Lunatic asylums United Provinces 1909-1921 - 1909-1921
Year: 1909
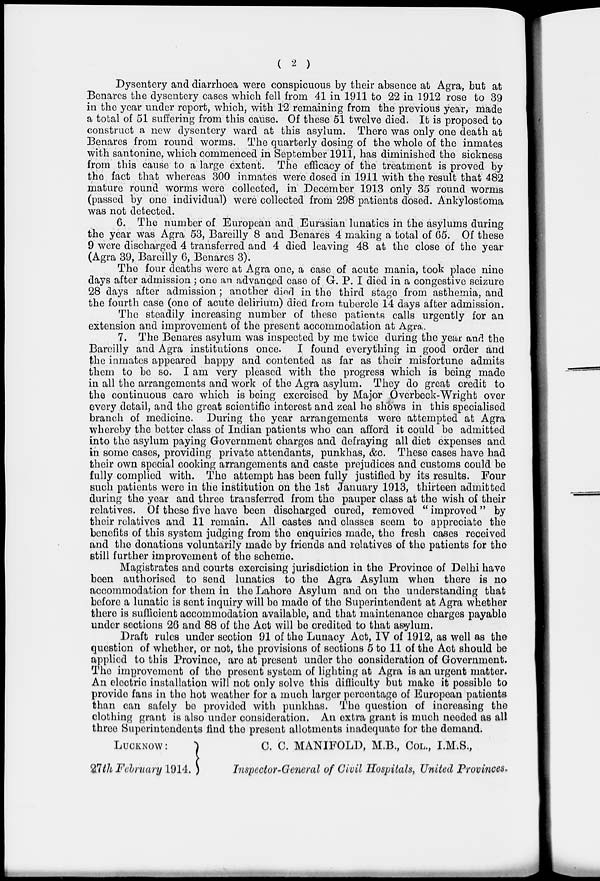
( 2 )
Dysentery and diarrhoea were conspicuous by their absence at Agra, but at
Benares the dysentery cases which fell from 41 in 1911 to 22 in 1912 rose to 39
in the year under report, which, with 12 remaining from the previous year, made
a total of 51 suffering from this cause. Of these 51 twelve died. It is proposed to
construct a new dysentery ward at this asylum. There was only one death at
Benares from round worms. The quarterly dosing of the whole of the inmates
with santonine, which commenced in September 1911, has diminished the sickness
from this cause to a large extent. The efficacy of the treatment is proved by
the fact that whereas 300 inmates were dosed in 1911 with the result that 482
mature round worms were collected, m December 1913 only 35 round worms
(passed by one individual) were collected from 298 patients dosed. Ankylostoma
was not detected.
6. The number of European and Eurasian lunatics in the asylums during
the year was Agra 53, Bareilly 8 and Benares 4 making a total of 05. Of these
9 were discharged 4 transferred and 4 died leaving 48 at the close of the year
(Agra 39, Bareilly 0, Benares 3).
The four deaths were at Agra one, a case of acute mania, took place nine
days after admission ; on© an advanced case of G. P. I died in a congestive seizure
28 days after admission ; another diorl in the third stage from asthemia, and
the fourth case (one of acute delirium) died from tubercle 14 days after admission.
The steadily increasing number of these patients calls urgently for an
extension and improvement of the present accommodation at Agra,.
7. The Benares asylum was inspected by me twice during the year and the
Barcilly and Agra institutions once. I found everything in good order and
the inmates appeared happy and contented as far as their misfortune admits
them to be so. I am very pleased with the progress which is being mado
in all the arrangements and work of the Agra asylum. They do great credit to
the continuous care which is being exorcised by Major Overbeck-Wright over
every detail, and the great scientific interest and zeal ho shows in this specialised
branch of medicine. During the year arrangements were attempted at Agra
whereby the better class of Indian pationts who can afford it could bo admitted
into the asylum paying Government charges and defraying all diet expenses and
in some cases, providing private attendants, punkhas, &c. These cases have had
their own special cooking arrangements and caste prejudices and customs could bo
fully complied with. The attempt has been fully justified by its results. Four
such patients were in the institution on the 1st January 1913, thirteen admitted
during the year and three transferred from the pauper class at tho wish of their
relatives. Of these five have been discharged cured, removed " improved " by
their relatives and 11 romain. All castes and classes seem to appreciate tho
benefits of this system judging from tho enquiries made, tho fresh cases received
and the donations voluntarily made by friends and relatives of tho patients for tho
still further improvement of the scheme.
Magistrates and courts exorcising jurisdiction in tho Provinco of Delhi have
boen authorised to send lunatics to tho Agra Asylum when there is no
accommodation for them in tho Lahore Asylum and on tho understanding that
beforo a lunatic is sent inquiry will bo made of tho Superintendent at Agra whether
thero is sufficient accommodation available, and that maintenance charges payable
under sections 26 and 88 of tho Act will bo credited to that asylum.
Draft rules under section 91 of tho Lunacy Act, IV of 1912, as well as tho
quostion of whether, or not, tho provisions of sections 5 to 11 of tho Act should bo
applied to this Province, aro at present under tho consideration of Government.
The improvement of tho prosont system of lighting at Agra is an urgent mattor.
An electric installation will not only solve this difficulty but make it possiblo to
provide fans in tho hot weather for a much larger percentage of European patients
than can safely bo provided with punkhas. Tho question of increasing the
clothing grant is also under consideration. An extra grant is much neoded as all
throe Superintendents find tho presont allotments inadequate for the demand.
LUCKNOW:
")
0. C. MANIFOLD, M.B., COL., I.M.S.,
27 M February 1914 .!
Inspector-General of Civil Hospitals, United Provinces,